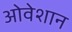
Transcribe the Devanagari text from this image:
ओवेशान